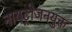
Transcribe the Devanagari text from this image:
नायट्रोजनयुक्त